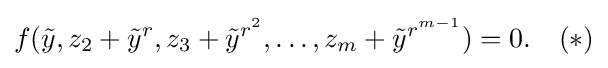
f({\tilde {y}},z_{2}+{\tilde {y}}^{r},z_{3}+{\tilde {y}}^{r^{2}},\ldots ,z_{m}+{\tilde {y}}^{r^{m-1}})=0.\ \ \ (*)